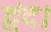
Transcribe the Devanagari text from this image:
द्वंद।